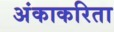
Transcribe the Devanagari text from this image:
अंकाकरिता